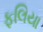
ફલિયા